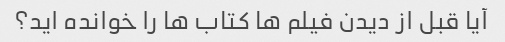
آیا قبل از دیدن فیلم ها کتاب ها را خوانده اید؟